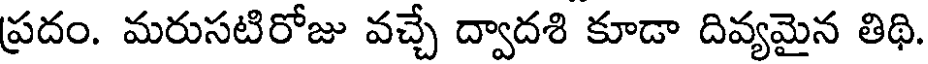
ప్రదం. మరుసటిరోజు వచ్చే ద్వాదశి కూడా దివ్యమైన తిథి.